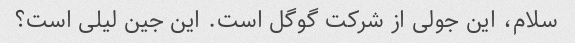
سلام، این جولی از شرکت گوگل است. این جین لیلی است؟